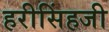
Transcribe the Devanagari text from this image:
हरीसिंहजी